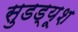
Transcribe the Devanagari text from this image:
सुडड्यूश